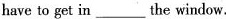
have to get in___the window.